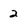
Character: 2